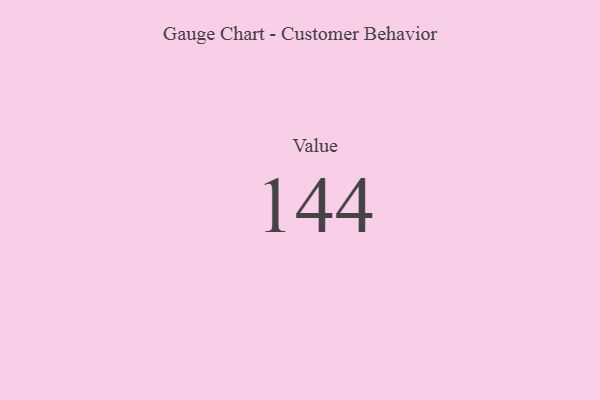
{"axis": {"x": "Metric", "y": "Value"}, "legend": [""], "data": [{"x": "Value", "y": 144, "type": ""}]}